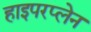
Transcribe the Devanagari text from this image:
हाइपरप्लेन